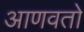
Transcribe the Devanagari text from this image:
आणवतो